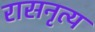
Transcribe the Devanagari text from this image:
रासनृत्य